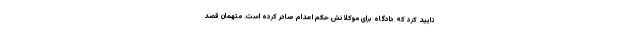
تایید کرد که دادگاه برای موکلانش حکم اعدام صادر کرده است. متهمان قصد